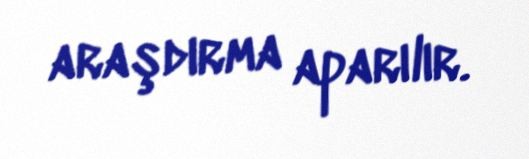
araşdırma aparılır.